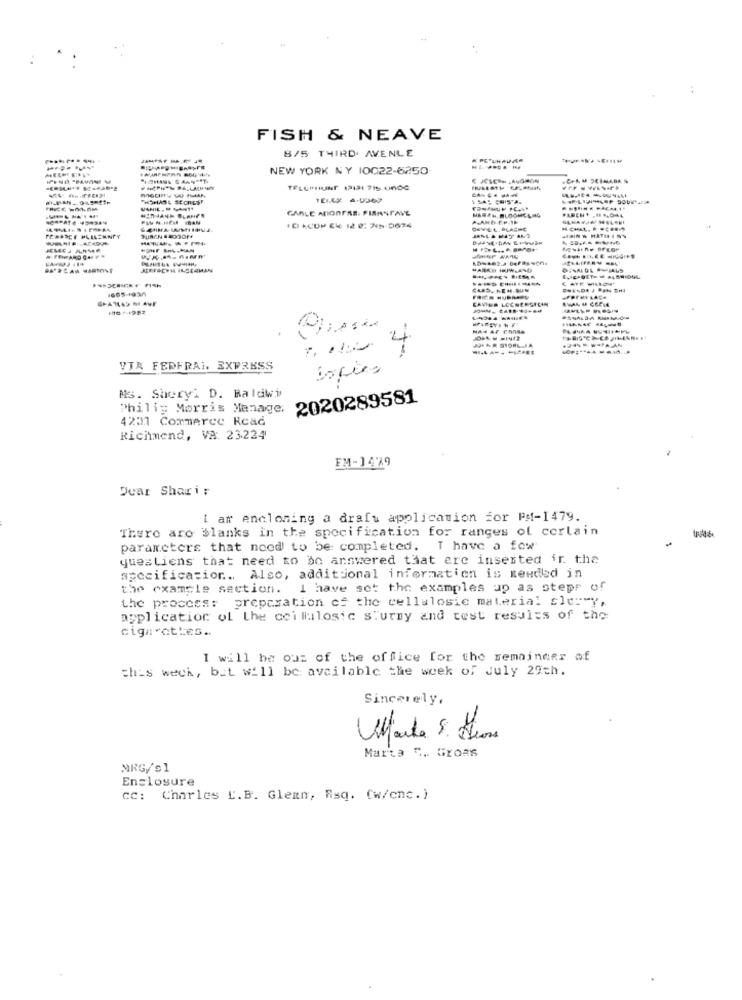
FISH & NEAVE
8/5 THIRD AVENLE
NEW YORK NY 10022-6250
& JCICON LAVORON
TELEPHONE (2121 715 0600
CABLE ADORESS. FIRANPAVE
TABLAMY
ICI ACUP CH 12 6: 245-9674
LEE HIVGIFT
10 7-1982
200 4
VIA FEDERAL. EXPRESS
Ns. Sheryl D. Baldwi
2020289581
Philip Morris Manage.
4201 Commerce Read
Richmond, VA: 23224
FM-1479
Dear Shari;
i ar enclosing a draft application for PMf-1479.
There are blanks in the specification for ranges of certain
parameters that need to be completed. T have a few
quesliens that need to do answered that are inserted ir. the
specification ... Also, additional information is needed in
the example section. I have set the examples up as steps of
the process: preparation of the cellulosie material sle="y,
application of the coillulosic sturmy and test results of the
cigarettes ..
I will be out of the office for the remainder of
this week, but will be available the week of July 29th.
Sincerely,
Marta 5. Gross
MRG/'s1
Enclosure
cc: Charles [.B. Glemn, Rsq. (w/cnc.)